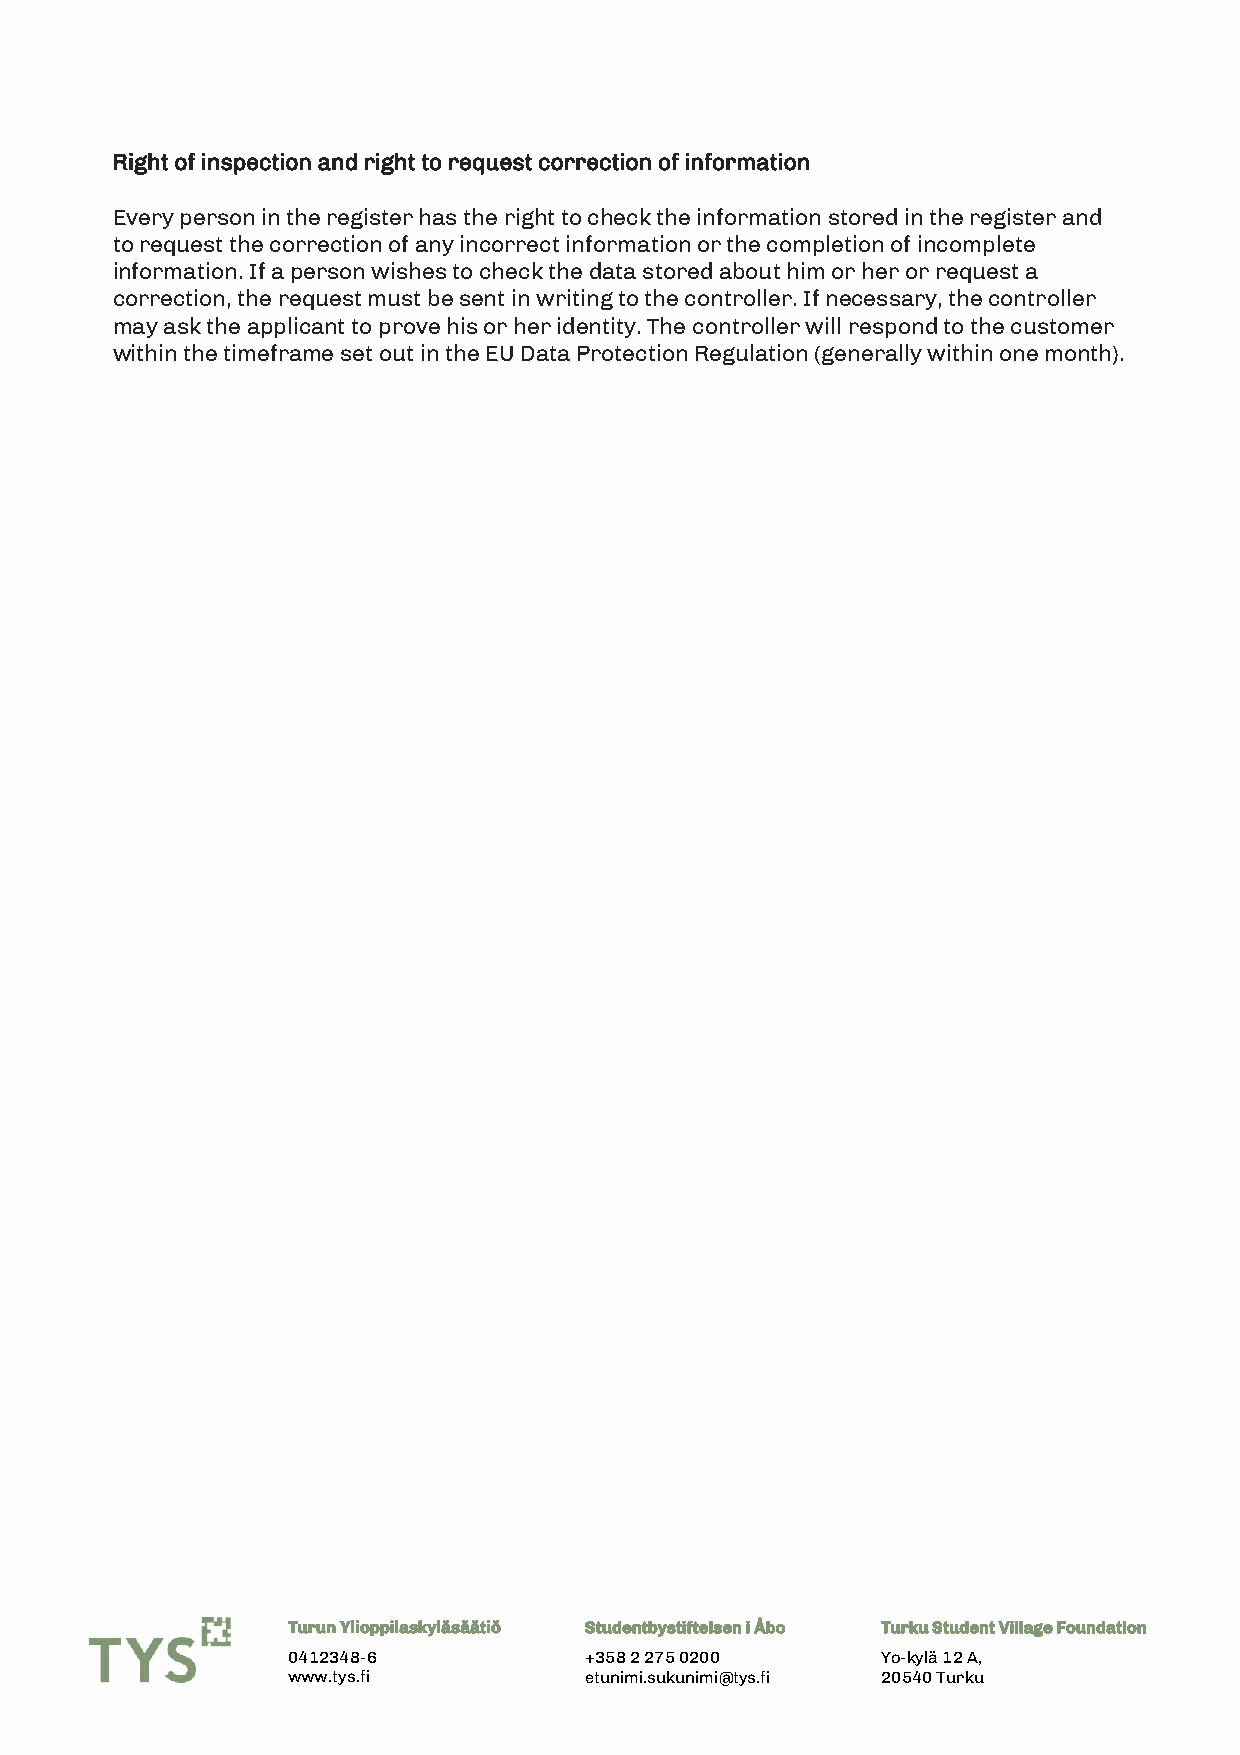
Right of inspection and right to request correction of information
 Every person in the register has the right to check the information stored in the register and
 to request the correction of any incorrect information or the completion of incomplete
 information. If a person wishes to check the data stored about him or her or request a
 correction, the request must be sent in writing to the controller. If necessary, the controller
 may ask the applicant to prove his or her identity. The controller will respond to the customer
 within the timeframe set out in the EU Data Protection Regulation (generally within one month).
 Turun Ylioppilaskyläsäätiö Studentbystiftelsen i Åbo Turku Student Village Foundation
 0412348-6           +358 2 275 0200    Yo-kylä 12 A,
 www.tys.fi          etunimi.sukunimi@tys.fi 20540 Turku